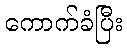
ကောက်ခံပြီး